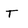
Character: T